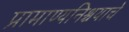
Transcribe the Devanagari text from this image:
प्रामाण्यनिश्चयाचे